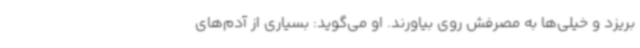
بریزد و خیلی‌ها به مصرفش روی بیاورند. او می‌گوید: بسیاری از آدم‌های